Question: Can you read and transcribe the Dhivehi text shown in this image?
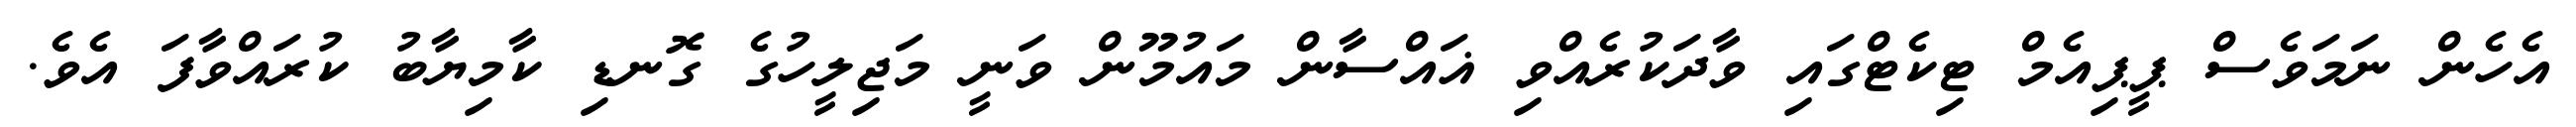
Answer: އެހެން ނަމަވެސް ޕީޕިއެމް ޓިކެޓްގައި ވާދަކުރެއްވި ޣައްސާން މައުމޫން ވަނީ މަޖިލީހުގެ ގޮނޑި ކާމިޔާބު ކުރައްވާފަ އެވެ.